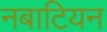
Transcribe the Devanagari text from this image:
नबाटियन